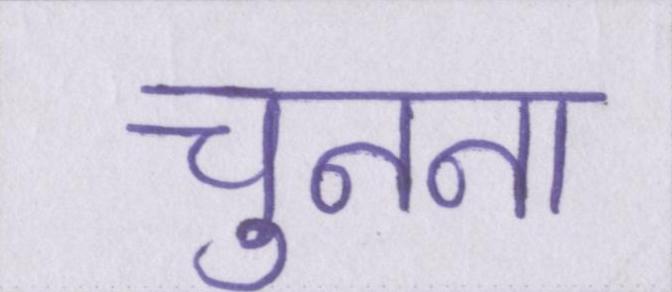
चुनना